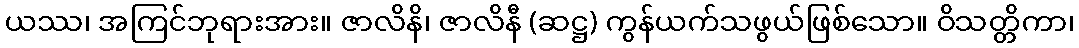
ယဿ၊ အကြင်ဘုရားအား။ ဇာလိနိ၊ ဇာလိနီ (ဆဋ္ဌ) ကွန်ယက်သဖွယ်ဖြစ်သော။ ဝိသတ္တိကာ၊